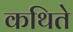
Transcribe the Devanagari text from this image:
कथिते